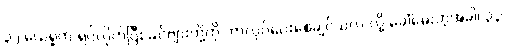
၃၂ ယေရှုက ရပ်လိုက်ပြီး ခင်ဗျားတို့ကို ဘာလုပ်ပေးစေချင်သလဲ လို့ ခေါ်မေးတဲ့အခါ၊ ၃၃